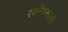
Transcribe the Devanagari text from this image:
स्वनियमकारी